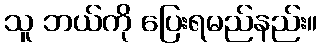
သူ ဘယ်ကို ပြေးရမည်နည်း။